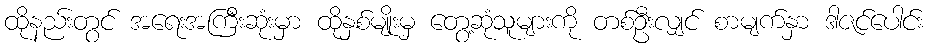
ထိုနည်းတွင် အရေးအကြီးဆုံးမှာ ထိုနှစ်မျိုးမှ တွေ့ဆုံသူများကို တစ်ဦးလျှင် စာမျက်နှာ ဒါဇင်ပေါင်း